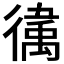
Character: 𫹥